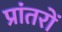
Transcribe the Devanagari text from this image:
प्रांतरों